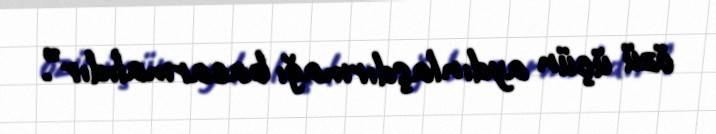
özü üçün aydınlaşdırmağı bacarmalıdır”.